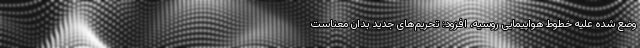
وضع شده علیه خطوط هواپیمایی روسیه، افزود: تحریم‌های جدید بدان معناست